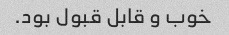
خوب و قابل قبول بود.